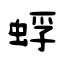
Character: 蜉